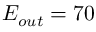
E _ { o u t } = 7 0